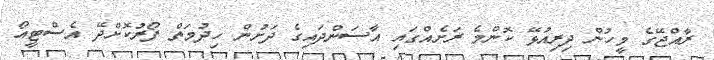
ރާއްޖޭގެ މީހުން ދިރިއުޅޭ ކޮންމެ ރަށެއްގައި އާސަންދައިގެ ދަށުން ހިދުމަތް ފޯރުކޮށްދޭ އެސްޓީއޯ